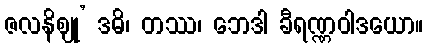
ဇလနိဈု’ ဒဓိ၊ တဿ၊ ဘေဒါ ခီရဏ္ဏဝါဒယော။